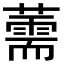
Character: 薷